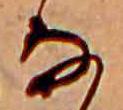
な